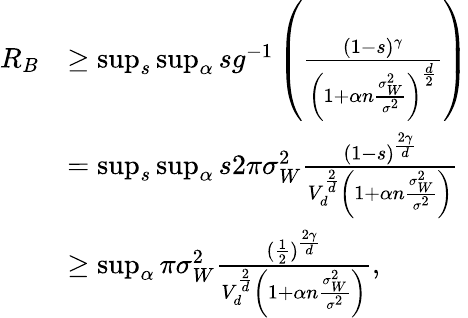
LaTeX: \begin{array}{rl}{R_{B}}&{\geq\operatorname*{sup}_{s}\operatorname*{sup}_{\alpha}sg^{-1}\left(\frac{(1-s)^{\gamma}}{\left(1+\alpha n\frac{\sigma_{W}^{2}}{\sigma^{2}}\right)^{\frac{d}{2}}}\right)}\\ &{=\operatorname*{sup}_{s}\operatorname*{sup}_{\alpha}s2\pi\sigma_{W}^{2}\frac{(1-s)^{\frac{2\gamma}{d}}}{V_{d}^{\frac{2}{d}}\left(1+\alpha n\frac{\sigma_{W}^{2}}{\sigma^{2}}\right)}}\\ &{\geq\operatorname*{sup}_{\alpha}\pi\sigma_{W}^{2}\frac{(\frac{1}{2})^{\frac{2\gamma}{d}}}{V_{d}^{\frac{2}{d}}\left(1+\alpha n\frac{\sigma_{W}^{2}}{\sigma^{2}}\right)},}\end{array}